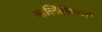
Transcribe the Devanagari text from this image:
कलिदोषघ्नं